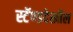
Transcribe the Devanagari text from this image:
स्टॅण्डदेखील